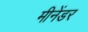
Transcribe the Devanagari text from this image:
मीनेंडर